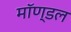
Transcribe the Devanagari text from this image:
मॉण्डल